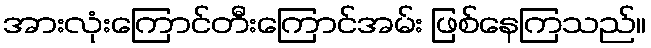
အားလုံးကြောင်တီးကြောင်အမ်း ဖြစ်နေကြသည်။